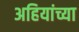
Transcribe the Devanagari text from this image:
अहियांच्या